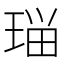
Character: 𭹗